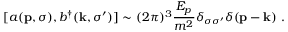
[ a ( { \bf p } , \sigma ) , b ^ { \dagger } ( { \bf k } , \sigma ^ { \prime } ) ] \sim ( 2 \pi ) ^ { 3 } { \frac { E _ { p } } { m ^ { 2 } } } \delta _ { \sigma \sigma ^ { \prime } } \delta ( { \bf p } - { \bf k } ) \, \, .